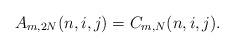
LaTeX: \begin{align*}A_{m,2N}(n,i,j) = C_{m,N}(n,i,j).\end{align*}